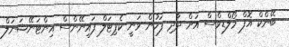
ބޭންކް އޮފް މޯލްޑިވްސް އަށް ދާދި ފަހުން ވަނީ ކެޕިޓަލް ފައިނޭންސް އިންޓަނޭޝަނަލް